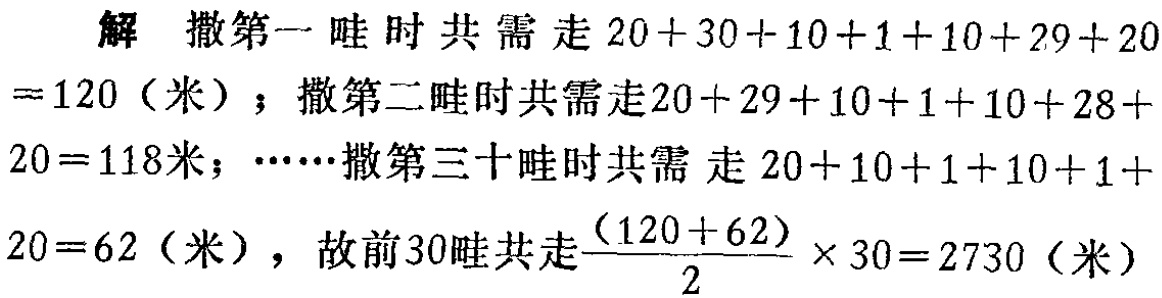
解 撒第一畦时共需走\(20 + 30+10 + 1+10 + 29+20\)

\(= 120\)（米）；撒第二畦时共需走\(20 + 29+10 + 1+10 + 28+\)

\(20 = 118\)米；……撒第三十畦时共需走\(20 + 10+1 + 10+1 + 10+1+\)

\(20 = 62\)（米），故前\(30\)畦共走\(\frac{(120 + 62)}{2}\times30 = 2730\)（米）